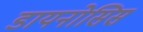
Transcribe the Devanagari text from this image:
डायनोसिस